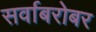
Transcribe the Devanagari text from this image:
सर्वाबरोबर